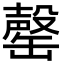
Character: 罄